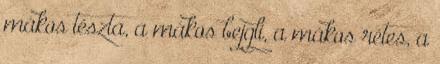
mákos tészta, a mákos bejgli, a mákos rétes, a